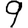
Digit: 9